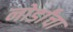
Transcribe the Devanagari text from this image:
नोर्डांचा